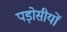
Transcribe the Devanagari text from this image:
पड़ोसीयों